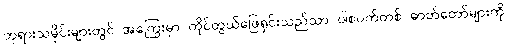
ဘုရားသမိုင်းများတွင် အကြွေးမှာ ကိုင်တွယ်ဖြေရှင်းသည်သာ ပါစပက်တစ် ဓာတ်တော်များကို